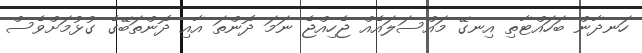
ހަނދާން ބަހައްޓާތި އިނގޭ މައްސަލައެއް ޖެހިއްޖެ ނަމަ ދޮންތަ އާއި ދޮންތަބޭގެ ގުޅުމަށްވެސް